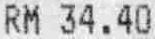
RM 34.40